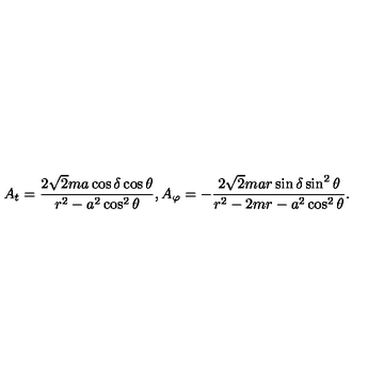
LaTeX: A _ { t } = { \frac { 2 \sqrt { 2 } m a \cos \delta \cos \theta } { r ^ { 2 } - a ^ { 2 } \cos ^ { 2 } \theta } } , A _ { \varphi } = - { \frac { 2 \sqrt { 2 } m a r \sin \delta \sin ^ { 2 } \theta } { r ^ { 2 } - 2 m r - a ^ { 2 } \cos ^ { 2 } \theta } } .